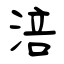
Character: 涪